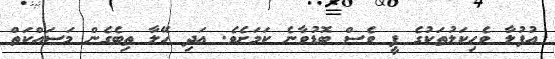
އުފުލާ ވެހިކަލުތަކުގެ ފީ ވެސް ބޮޑުވާނެ ކަމަށެވެ. އަދި ހޭލާ ތިބެގެން މަސައްކަތް